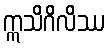
ဣသိဂိလိဿ